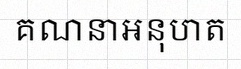
គណនាអនុបាត